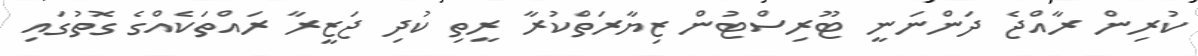
ކުރިން ރާއްޖެ ދަންނަނީ ޓޫރިސްޓުން ޒިޔާރަތްކުރާ ރީތި ކުދި ޖަޒީރާ ރައްތަކެއްގެ ގޮތުގައި